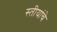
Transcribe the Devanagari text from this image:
स्तीयांचे